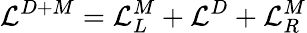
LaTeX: \mathcal{L}^{D+M}=\mathcal{L}_{L}^{M}+\mathcal{L}^{D}+\mathcal{L}_{R}^{M}